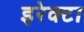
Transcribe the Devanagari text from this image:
इरेक्टा